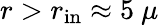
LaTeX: r>r_{\mathrm{in}}\approx 5~\mu